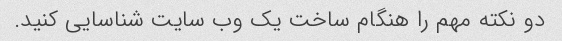
دو نکته مهم را هنگام ساخت یک وب سایت شناسایی کنید.